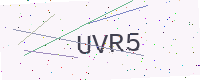
Text: UVR5